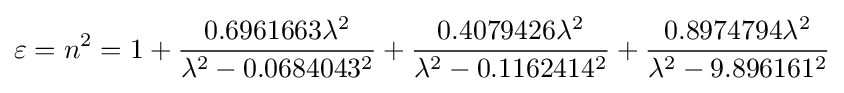
\varepsilon =n^{2}=1+{\frac {0.6961663\lambda ^{2}}{\lambda ^{2}-0.0684043^{2}}}+{\frac {0.4079426\lambda ^{2}}{\lambda ^{2}-0.1162414^{2}}}+{\frac {0.8974794\lambda ^{2}}{\lambda ^{2}-9.896161^{2}}}